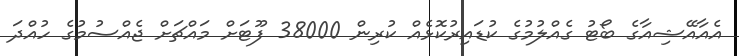
އެއާއޭޝިއާގެ ބޯޓު ގެއްލުމުގެ ކުޑައިރުކޮޅެއް ކުރިން 38000 ފޫޓަށް މައްޗަށް ޖެއްސުމުގެ ހުއްދަ